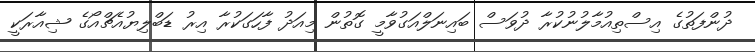
ދުންފަތުގެ އިސްތިއުމާލުނުކުރާ ދުވަސް ބައިނަލްއަގުވާމީ ގޮތުން މިއަދު ފާހަގަކުރާ އިރު ޑަބްލިޔުއެޗްއޯގެ ޝިއާރަކީ